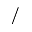
/